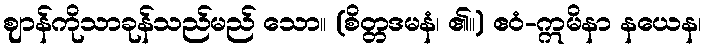
ဈာန်ကိုသာခုန်သည်မည် သော။ (စိတ္တဒမနံ၊ ၏။) ဧဝံ-ဣမိနာ နယေန၊